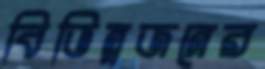
বিভিন্নজনের